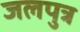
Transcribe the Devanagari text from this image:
जलपुत्र